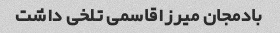
بادمجان میرزاقاسمی تلخی داشت